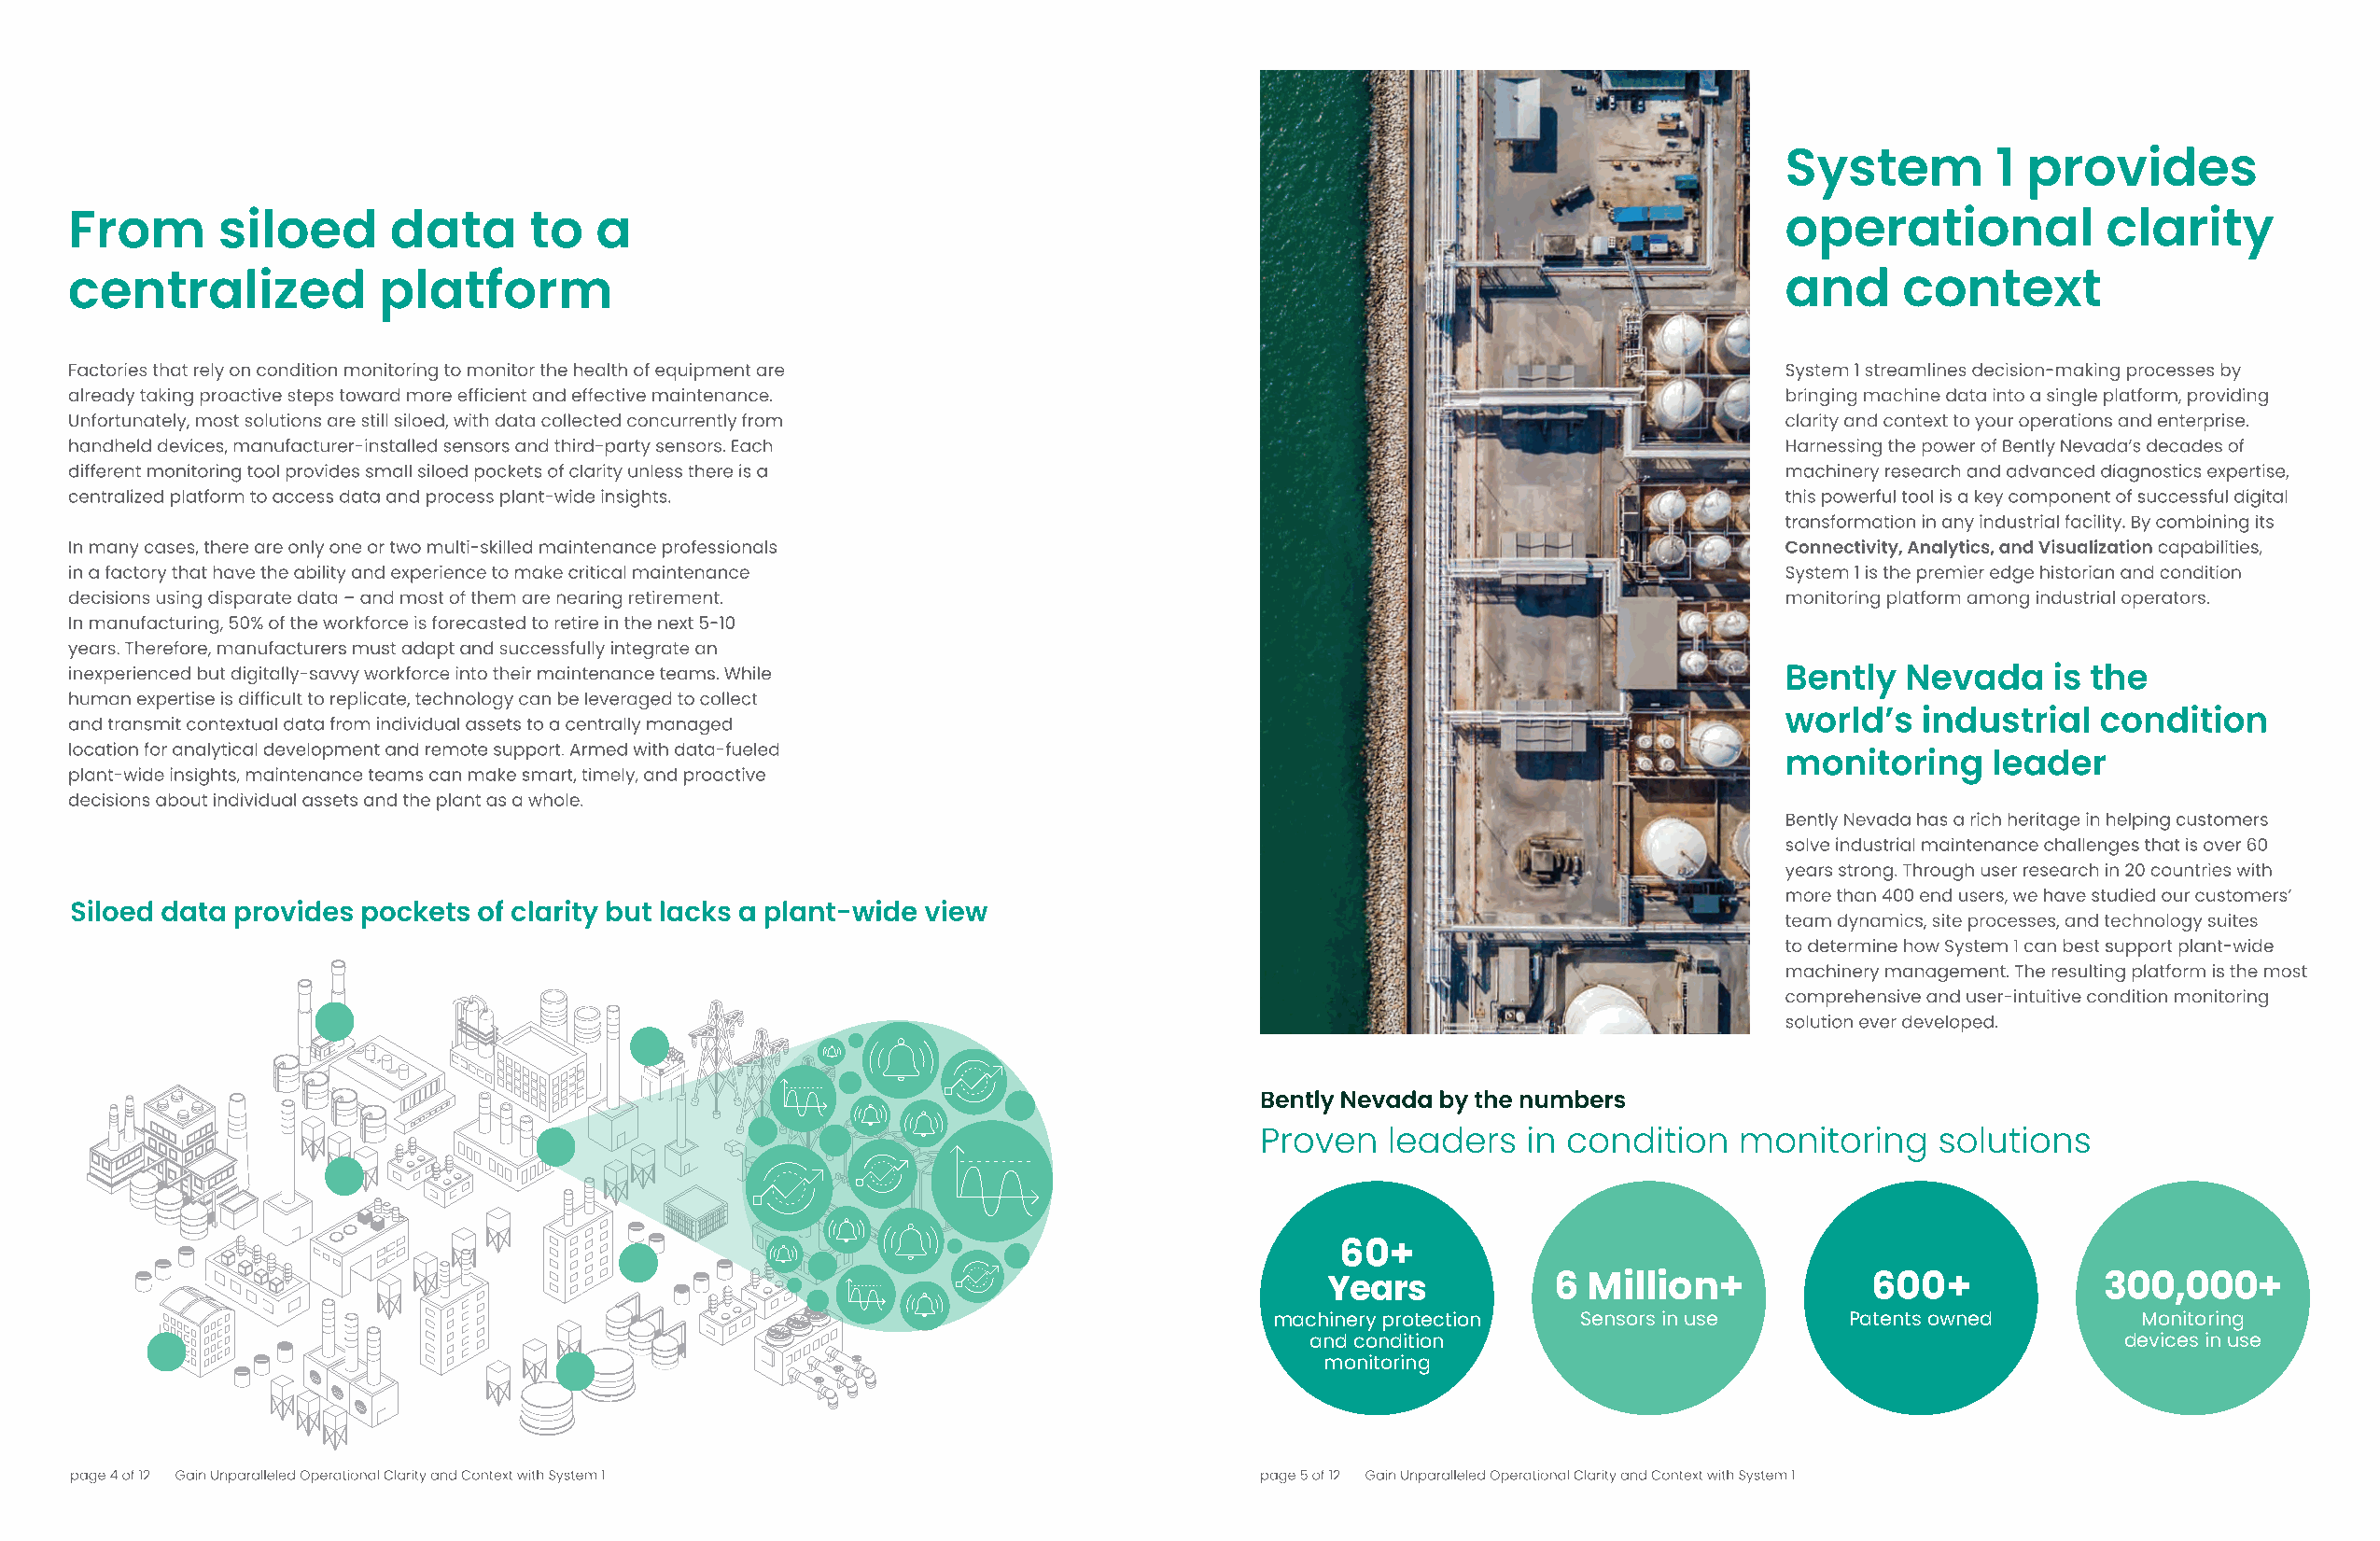
60+
 Years           6  Million+            600+            300,000+
 machinery protection  Sensors in use     Patents owned        Monitoring
 and condition                                             devices in use
 monitoring